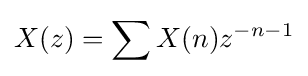
X(z)=\sum X(n)z^{-n-1}